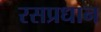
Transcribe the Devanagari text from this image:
रसप्रधान